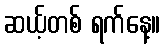
ဆယ့်တစ် ရက်နေ့။